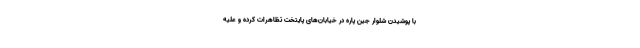
با پوشیدن شلوار جین پاره در خیابان‌های پایتخت تظاهرات کرده و علیه